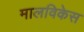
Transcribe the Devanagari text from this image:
मालविकेस